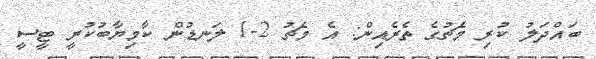
ބައްދަލު ކުރި މެޗުގެ ތެރެއިން: އެ މެޗު 2-1 ލަނޑުން ކާމިޔާބުކުރީ ޓީސީ